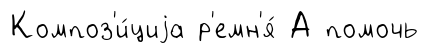
Композ'и́циjа р'емн'я́ А помочь